Source: Handwritten
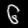
Digit: ၆ (6)